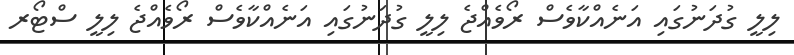
ލިލީ ގުދަނުގައި އަނެއްކާވެސް ރޯވެއްޖެ ލިލީ ގުދަނުގައި އަނެއްކާވެސް ރޯވެއްޖެ ލިލީ ސްޓޯރ